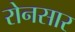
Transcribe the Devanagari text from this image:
रोनसार